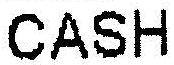
CASH